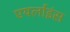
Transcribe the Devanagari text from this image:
एयर्लाइंस